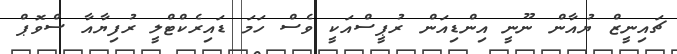
ޗައިނީޒް ޔުއާން ނޫނީ އިންޑިއަން ރުޕީސްއަކީ ވެސް ހަމަ ޑައިރެކްޓްލީ ރުފިޔާއާ ސްވޮޕް